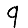
Digit: 9